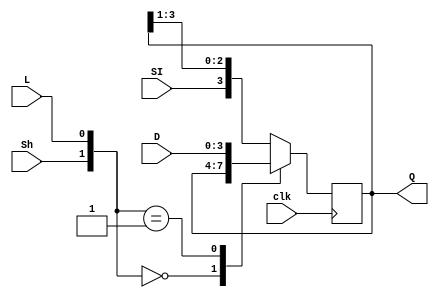
module shiftregister(input clk,
							input L, 
							input Sh, 
							input SI, 
							input [3:0] D, 
							output reg [3:0] Q);

        always @ (posedge clk) begin
                case ({Sh, L})
						2'b00:   Q <= Q;
                  2'b01:   Q <= D;
						default: Q <= {SI, Q[3:1]};
					endcase
        end

endmodule